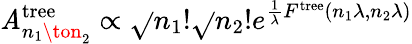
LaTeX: \mathit{A}_{n_{1}\ton_{2}}^{\mathrm{{tree}}}\propto\sqrt{}{{n_{1}!}}\sqrt{}{{n_{2}!}}e^{\frac{{1}}{{\lambda}}F^{\mathrm{{tree}}}(n_{1}\lambda,n_{2}\lambda)}